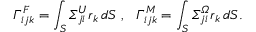
\itGamma _ { i j k } ^ { F } = \int _ { S } \itSigma _ { j i } ^ { U } r _ { k } \, d S ~ , ~ ~ \itGamma _ { i j k } ^ { M } = \int _ { S } \itSigma _ { j i } ^ { \itOmega } r _ { k } \, d S .